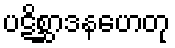
ပဋိစ္ဆာဒနဟေတု